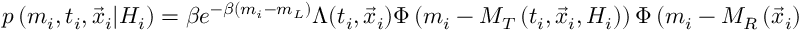
p \left( m _ { i } , t _ { i } , \vec { x } _ { i } \vert { \cal H } _ { i } \right) = \beta e ^ { - \beta ( m _ { i } - m _ { L } ) } \Lambda ( t _ { i } , \vec { x } _ { i } ) \Phi \left( m _ { i } - M _ { T } \left( t _ { i } , \vec { x } _ { i } , { \cal H } _ { i } \right) \right) \Phi \left( m _ { i } - M _ { R } \left( \vec { x } _ { i } \right) \right) ,